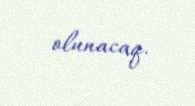
olunacaq.